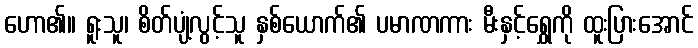
ဟော၏။ ရူးသူ၊ စိတ်ပျံ့လွင့်သူ နှစ်ယောက်၏ ပမာဏကား မီးနှင့်ရွှေကို ထူးပြားအောင်